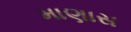
માણાસ